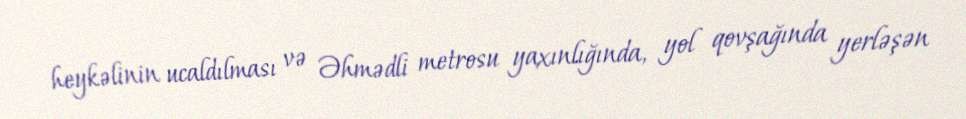
heykəlinin ucaldılması və Əhmədli metrosu yaxınlığında, yol qovşağında yerləşən